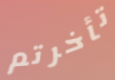
تأخرتم